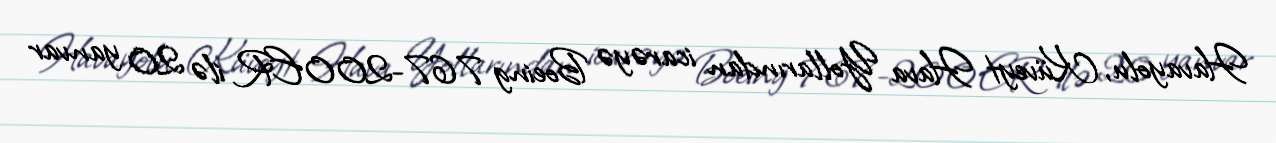
Havayolu, Küveyt Hava Yollarından icarəyə Boeing 767-200ER ilə 20 yanvar